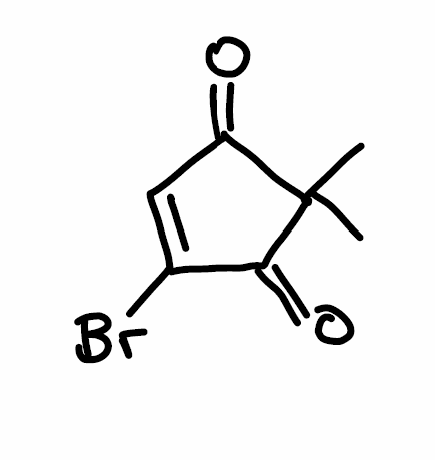
Simplified molecular-input line-entry system (SMILES) notation of the given molecule:
CC1(C(=O)C=C(C1=O)Br)C